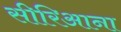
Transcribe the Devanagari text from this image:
सीरिआना